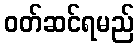
ဝတ်ဆင်ရမည်